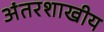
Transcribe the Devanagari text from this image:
अंतरशाखीय